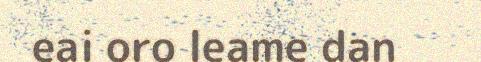
eai oro leame dan